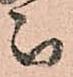
被